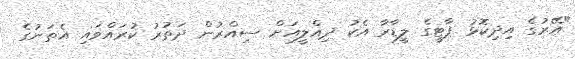
"އޭރުގެ އިދިކޮޅު ޕާޓީގެ ލީޑާރާ އެކު ދިއްލީއަށް ސިއްރުން ދަތުރު ކުރައްވައި އެތަނުގެ